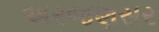
અરજણસર